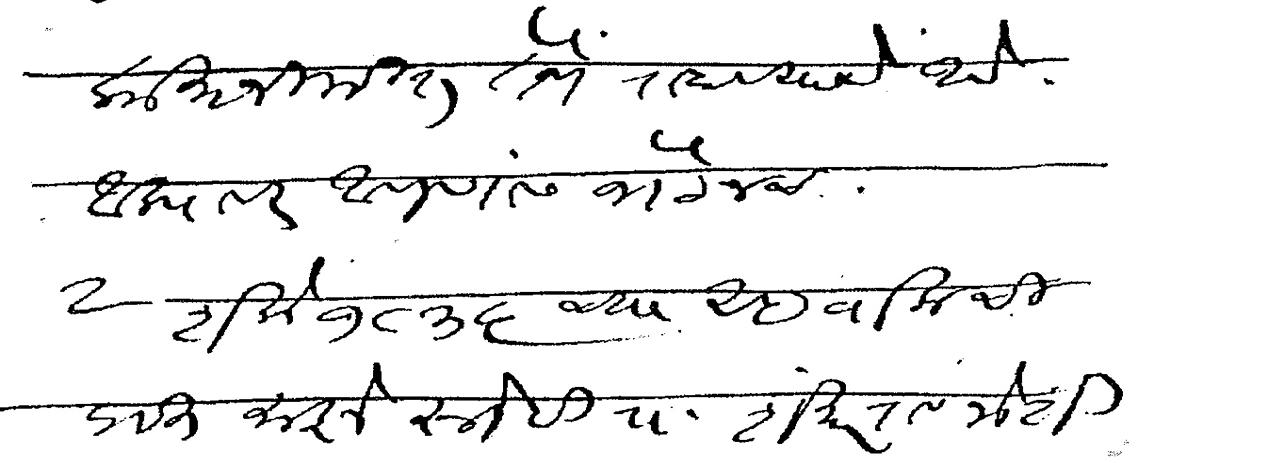
Transliteration (Devanagari): कामानिमित्त तेथे राहावयाचे आहे आल्यावर आपणास भेटेनच २ शके १८३६ च्या अहवालाची प्रत माझे स्नेही रा शंकरराव जोशी